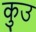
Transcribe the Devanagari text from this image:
कुउ